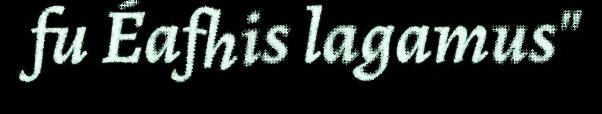
fu Éafhis lagamus"